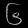
Digit: ၆